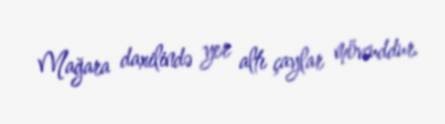
Mağara daxilində yer altı çaylar mövcuddur.